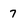
Character: 7